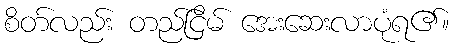
စိတ်လည်း တည်ငြိမ် အေးဆေးလာပုံရ၏။